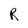
Character: R